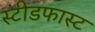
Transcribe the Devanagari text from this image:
स्टीडफास्ट